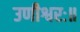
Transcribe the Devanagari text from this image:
उणीश्वरः॥